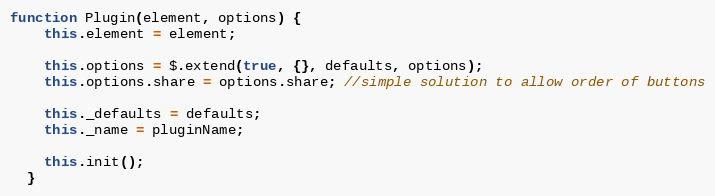
Language: JavaScript
function Plugin(element, options) {
    this.element = element;

    this.options = $.extend(true, {}, defaults, options);
    this.options.share = options.share; //simple solution to allow order of buttons

    this._defaults = defaults;
    this._name = pluginName;

    this.init();
  }